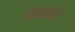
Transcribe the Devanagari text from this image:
जेओमेत्रि